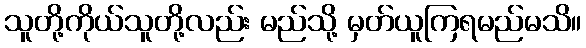
သူတို့ကိုယ်သူတို့လည်း မည်သို့ မှတ်ယူကြရမည်မသိ။